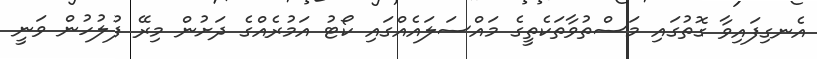
އެނގިފައިވާ ގޮތުގައި މަސްތުވާތަކެތީގެ މައްސަލައެއްގައި ކޯޓު އަމުރެއްގެ ދަށުން މިރޭ ފުލުހުން ވަނީ